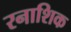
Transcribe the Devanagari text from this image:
रनाशिक